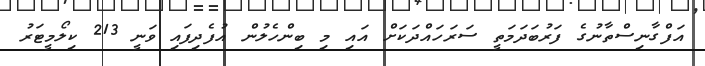
އަފްގާނިސްތާނުގެ ފަރުބަދަމަތީ ސަރަހައްދަކަށް އައި މި ބިންހެލުން އުފެދިފައި ވަނީ 213 ކިލޯމީޓަރު